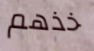
خذهم